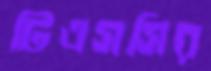
টিএসসির